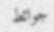
جوائط